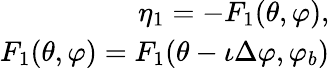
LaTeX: \begin{array}{r}{\eta_{1}=-F_{1}(\theta,\varphi),}\\ {F_{1}(\theta,\varphi)=F_{1}(\theta-\iota\Delta\varphi,\varphi_{b})}\end{array}